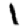
Digit: 1